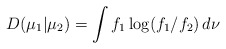
\begin{align*}D_{}(\mu_1|\mu_2)=\int f_1\log(f_1/f_2)\,d\nu\end{align*}